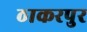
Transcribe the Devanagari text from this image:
ठाकरपुर